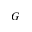
G